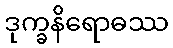
ဒုက္ခနိရောဓဿ